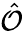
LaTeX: \hat{\mathcal{O}}